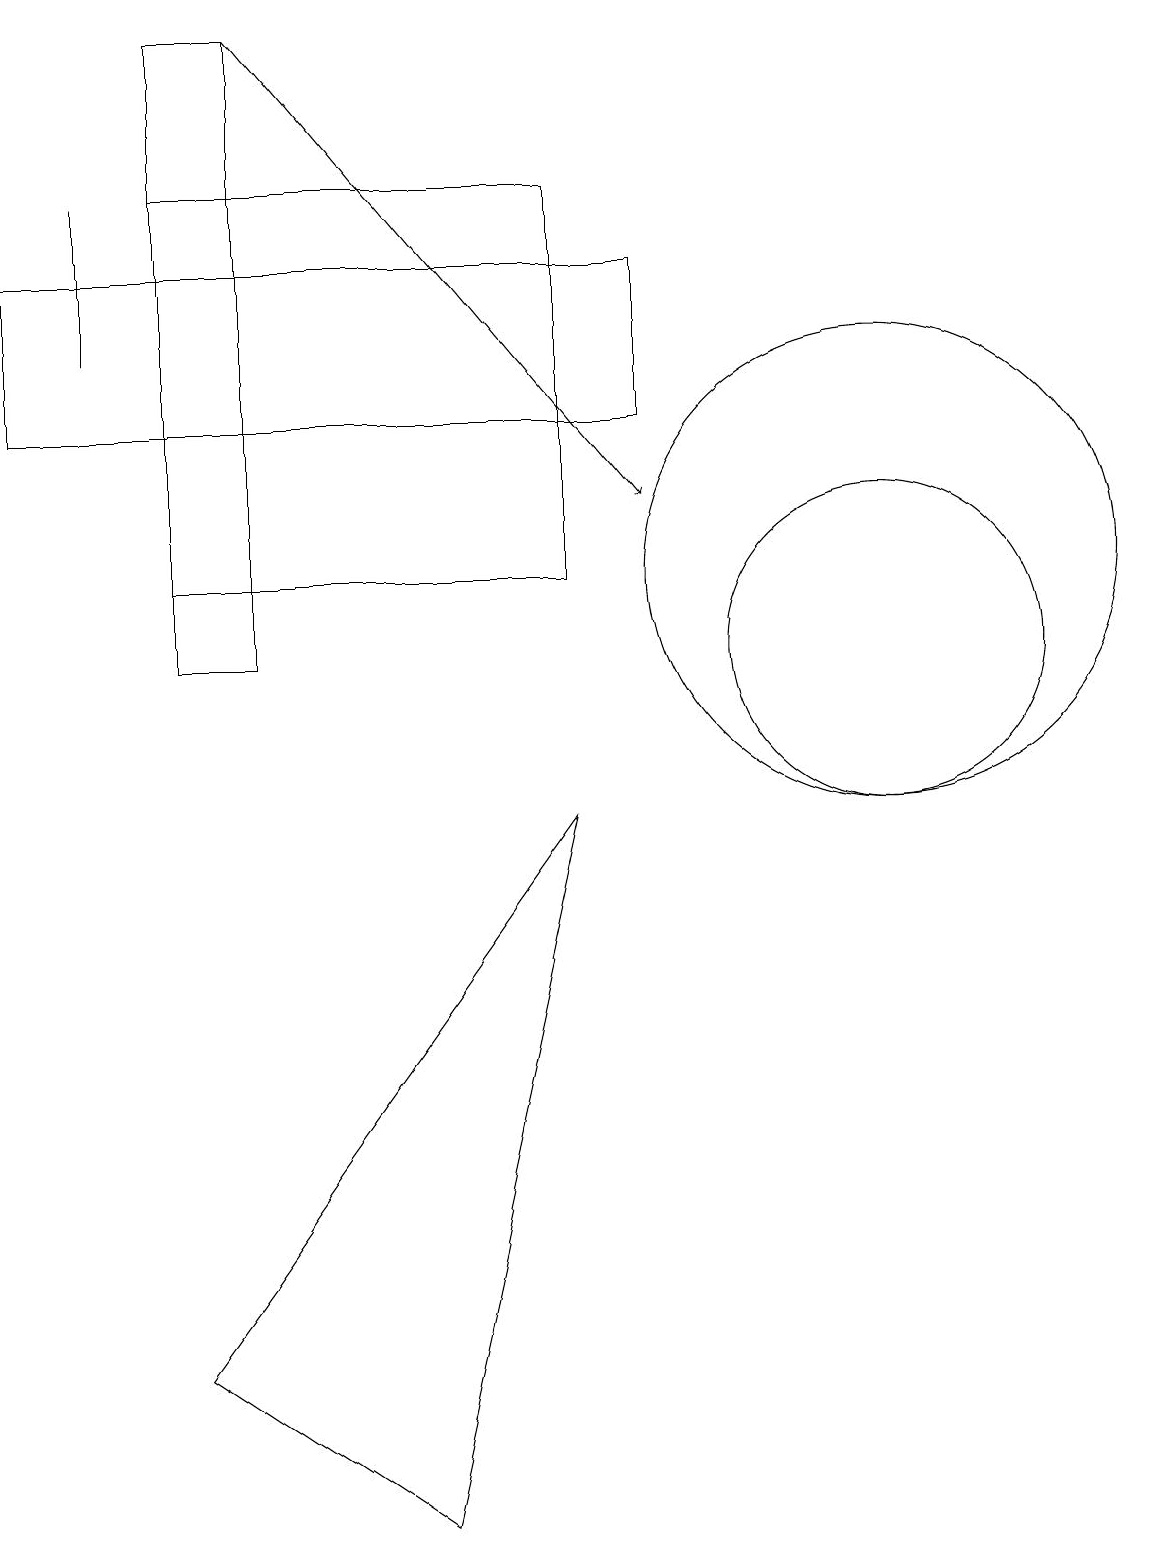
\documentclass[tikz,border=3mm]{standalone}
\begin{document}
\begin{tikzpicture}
\draw (11,12) circle (3);
\draw (2,17) rectangle (7,12);
\draw (11,11) circle (2);
\draw (7,9) -- (2,2) -- (5,0) -- cycle;
\draw (8,16) rectangle (0,14);
\draw (3,19) rectangle (2,11);
\draw[->] (3,19) -- (8,13);
\draw (1,17) rectangle (1,15);
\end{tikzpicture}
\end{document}